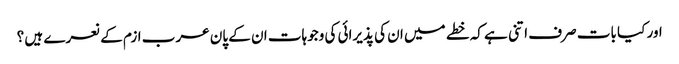
اور کیا بات صرف اتنی ہے کہ خطے میں ان کی پذیرائی کی وجوہات ان کے پان عرب ازم کے نعرے ہیں ؟